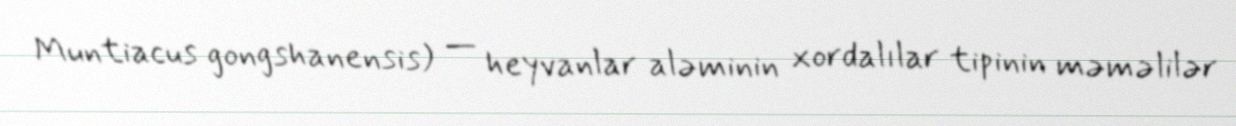
Muntiacus gongshanensis) — heyvanlar aləminin xordalılar tipinin məməlilər